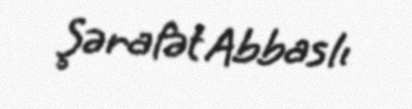
Şərafət Abbaslı